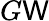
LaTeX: G\mathsf{W}